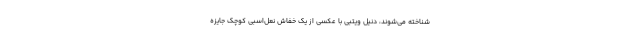
شناخته می‌شوند، دنیل ویتبی با عکسی از یک خفاش نعل‌اسبی کوچک جایزه